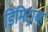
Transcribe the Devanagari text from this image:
डिमिट्राव्ह